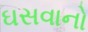
ઘસવાનો